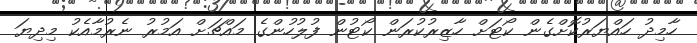
ހާމިދު ހައްޔަރުކޮށްގެން ކޯޓަށް ހާޒިރުކުރަން ކޯޓުން ފުލުހުންގެ މައްޗަށް އަމުރު ނެރުމާއެކު މިދިޔަ